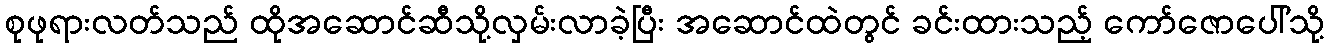
စုဖုရားလတ်သည် ထိုအဆောင်ဆီသို့လှမ်းလာခဲ့ပြီး အဆောင်ထဲတွင် ခင်းထားသည့် ကော်ဇောပေါ်သို့